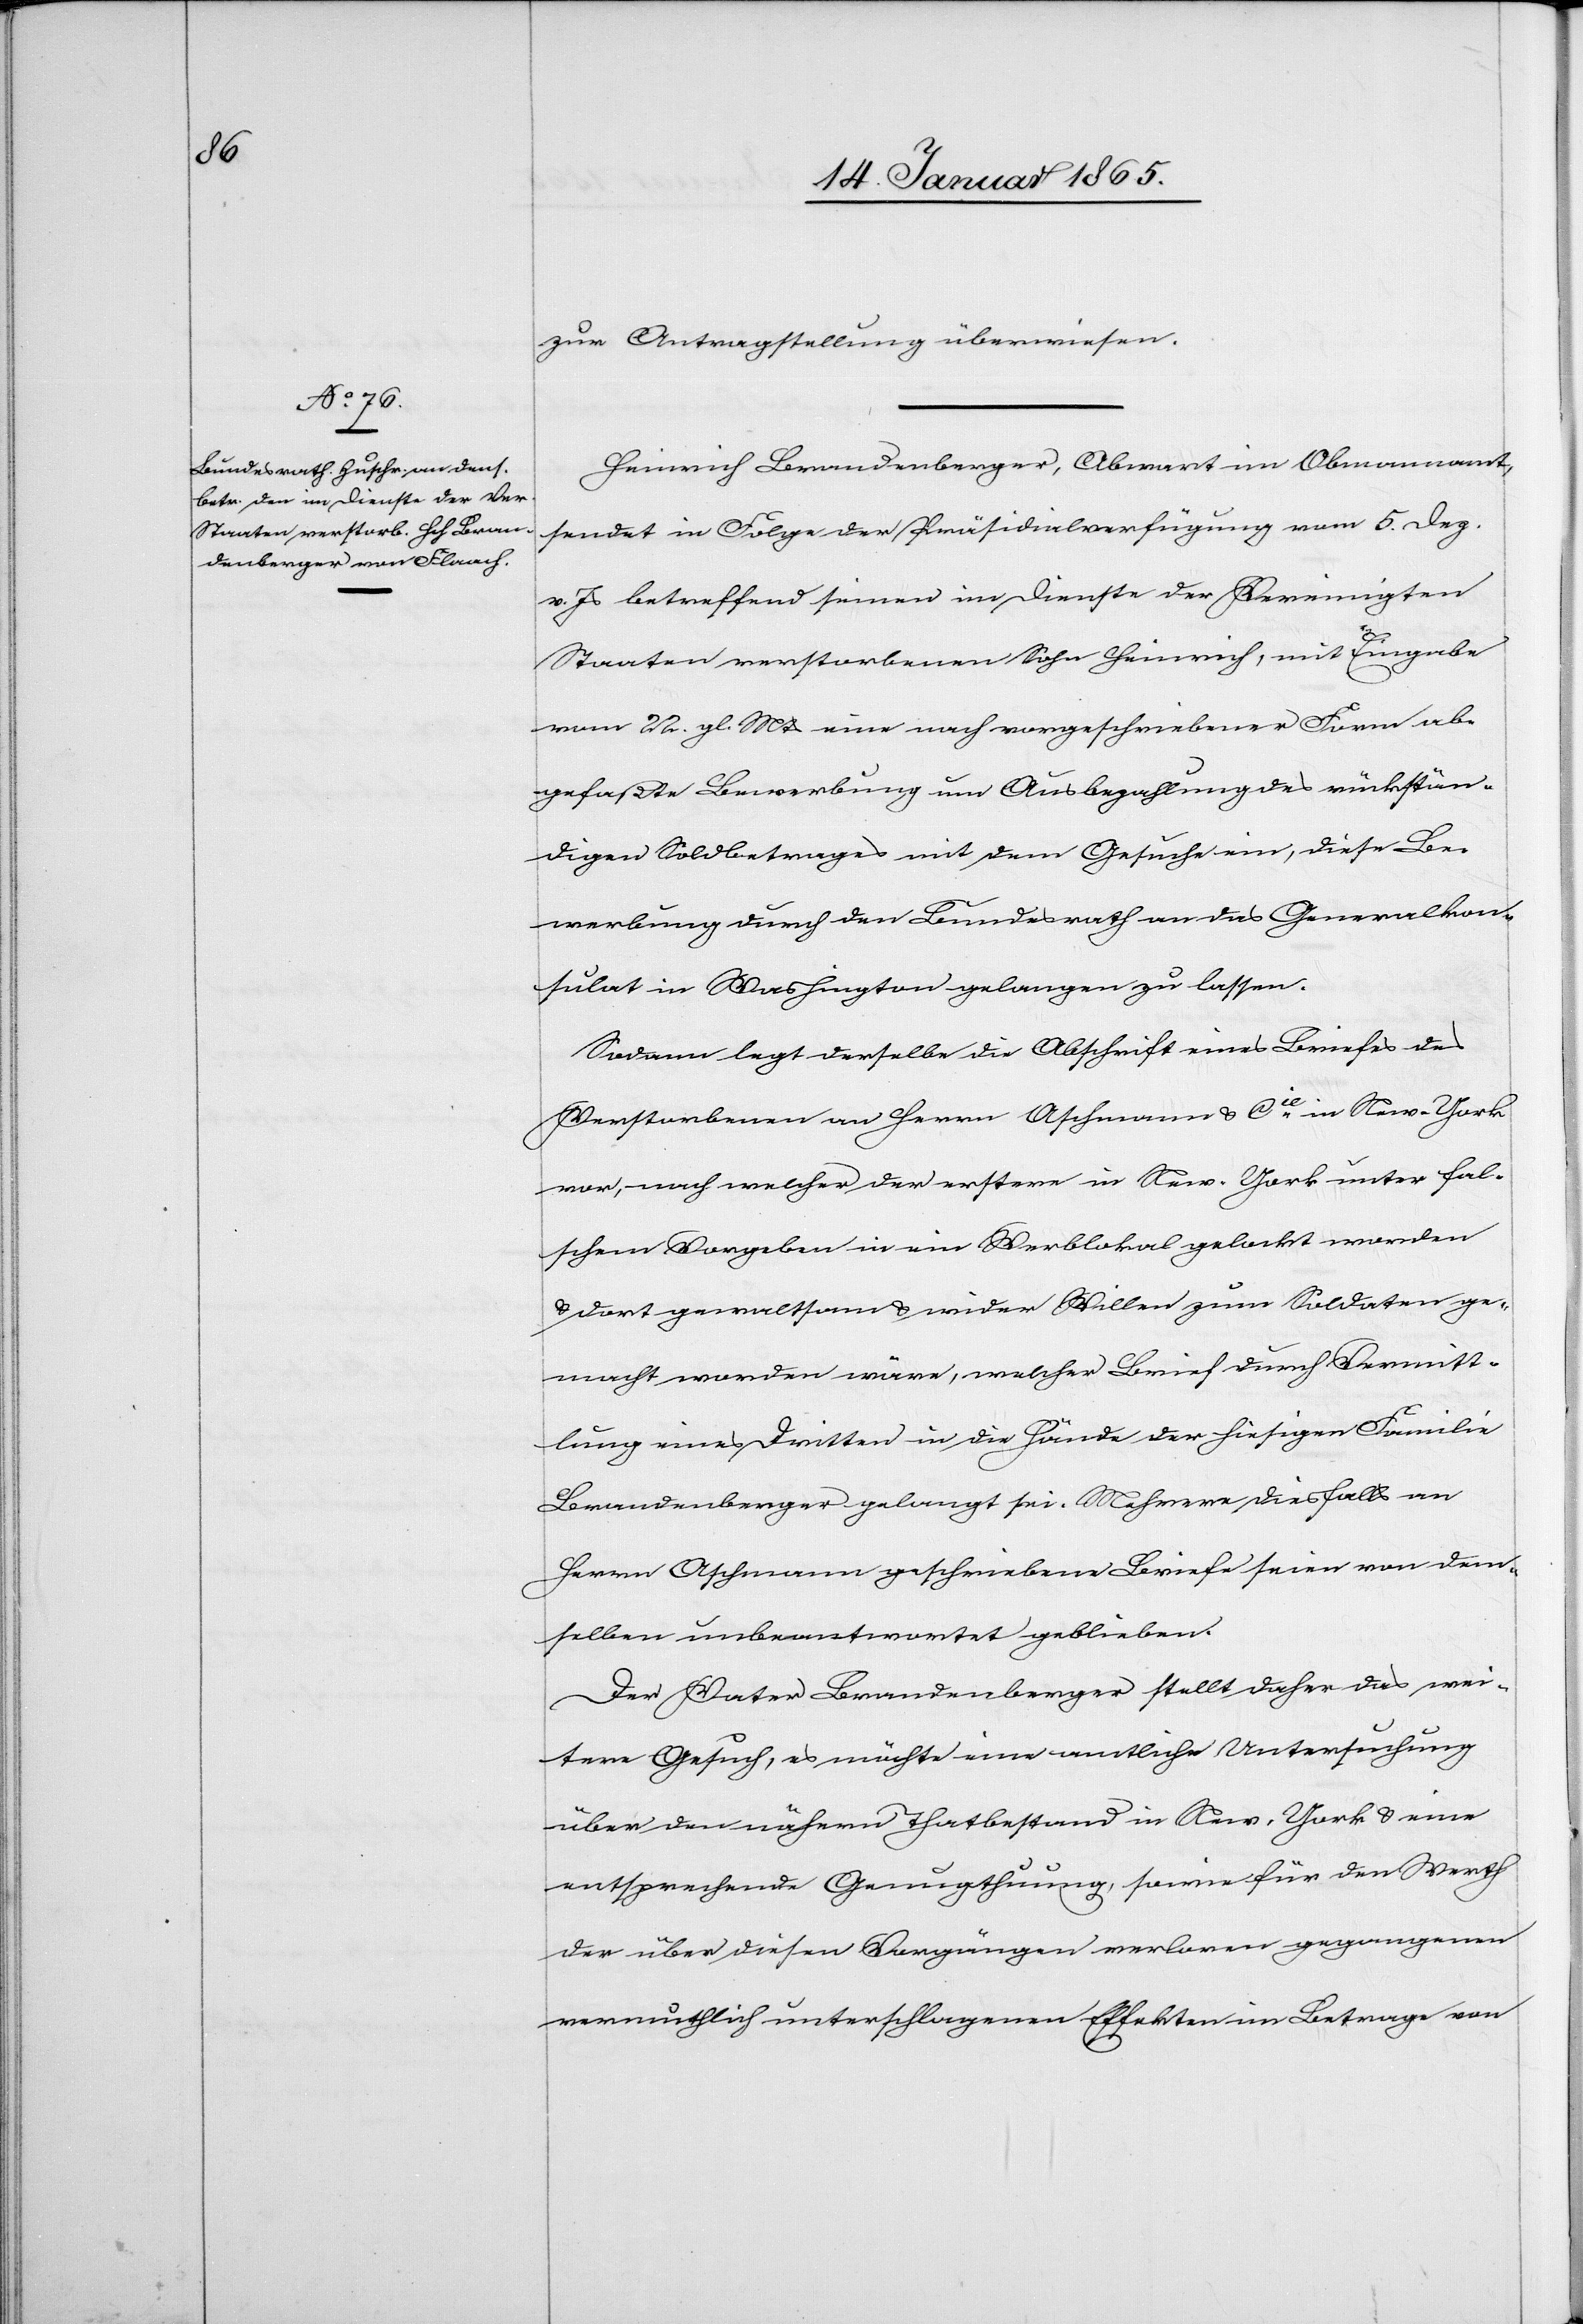
16. Januar 1865.]
zur Antragstellung überwiesen.
Heinrich Brandenberger, Abwart im Obmannamt,
sendet in Folge der Präsidialverfügung vom 5. Dez.
v. Js betreffend seinen im Dienste der Vereinigten
Staaten verstorbenen Sohn Heinrich, mit Eingabe
vom 22. gl. Mts eine nach vorgeschriebener Form ab¬
gefaßte Bewerbung um Ausbezahlung des rückstän¬
digen Soldbetrages mit dem Gesuche ein, diese Be¬
werbung durch den Bundesrath an das Generalkon¬
sulat in Washington gelangen zu lassen.
Sodann legt derselbe die Abschrift eines Briefes des
Verstorbenen an Herrn Aschmann u. Cie in New-York
vor, nach welcher der erstere in New-York unter fal¬
schem Vorgeben in ein Werblokal gelockt worden
u. dort gewaltsam u. wider willen zum Soldaten ge¬
macht worden wäre, welcher Brief durch Vermitt¬
lung eines Dritten in die Hände der hiesigen Familie
Brandenberger gelangt sei. Mehrere diesfalls an
Herrn Aschmann geschriebene Briefe seien von dem¬
selben unbeantwortet geblieben.
Der Vater Brandenberger stellt daher das wei¬
tere Gesuch, es möchte eine amtliche Untersuchung
über den nähern Thatbestand in New-York u. eine
entsprechende Genugthuung, sowie für den Werth
der über diesen Vorgängen verloren gegangenen
vermuthlich unterschlagenen Effekten im Betrage von